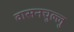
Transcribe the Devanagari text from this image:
वासनचुल्लु